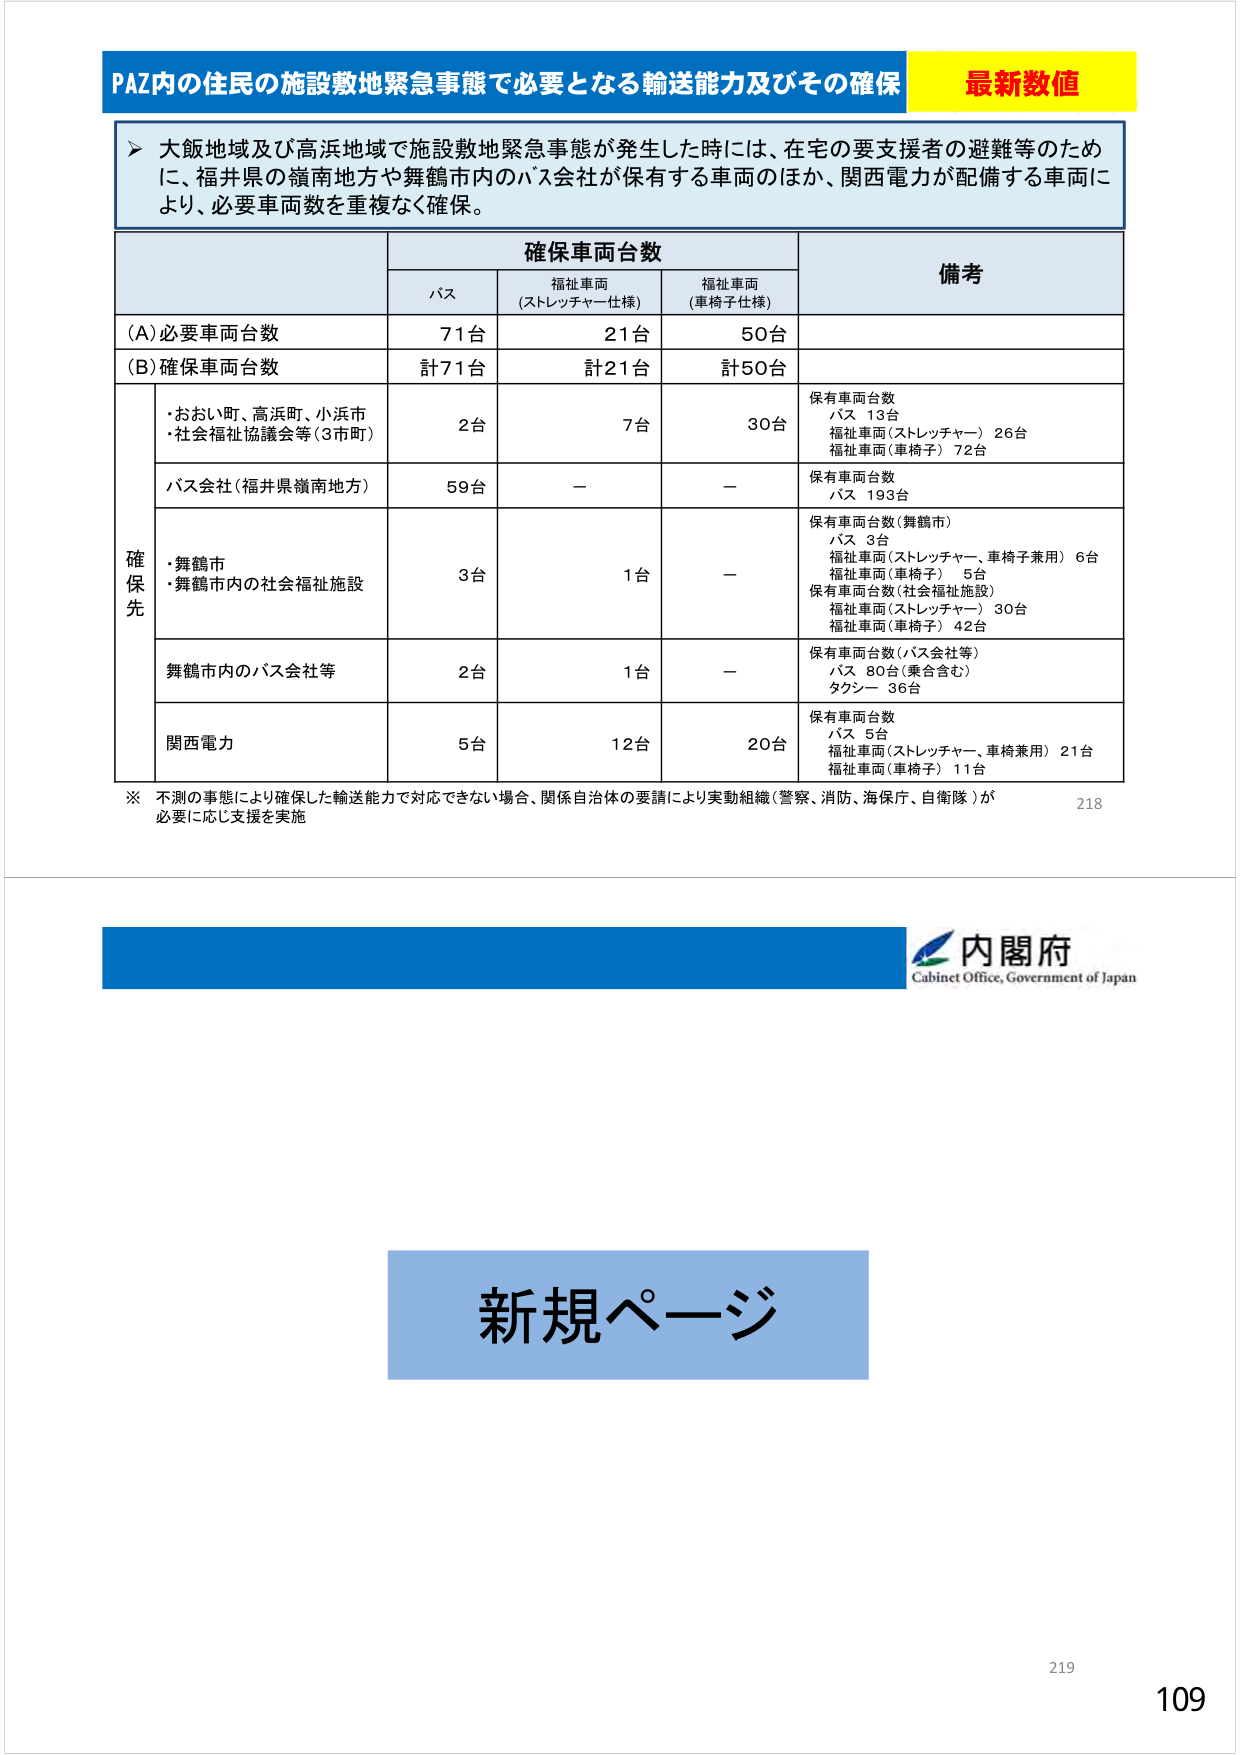
PAZ内の住民の施設敷地緊急事態で必要となる輸送能力及びその確保 最新数値
大飯地域及び高浜地域で施設敷地緊急事態が発生した時には、在宅の要支援者の避難等のために、福井県の嶺南地方や舞鶴市内のバス会社が保有する車両のほか、関西電力が配備する車両により、必要車両数を重複なく確保。
確保車両台数
バス
福祉車両（ストレッチャー仕様）
福祉車両（車椅子仕様）
備考
(A)必要車両台数
71台
21台
50台
(B)確保車両台数
計71台
計21台
計50台
確保先
・おおい町、高浜町、小浜市
・社会福祉協議会等（3市町）
2台
7台
30台
保有車両台数
バス 13台
福祉車両（ストレッチャー）26台
福祉車両（車椅子）72台
バス会社（福井県嶺南地方）
59台
－
－
保有車両台数
バス 193台
・舞鶴市
・舞鶴市内の社会福祉施設
3台
1台
－
保有車両台数（舞鶴市）
バス 3台
福祉車両（ストレッチャー、車椅子兼用）6台
福祉車両（車椅子）5台
保有車両台数（社会福祉施設）
福祉車両（ストレッチャー）30台
福祉車両（車椅子）42台
舞鶴市内のバス会社等
2台
1台
－
保有車両台数（バス会社等）
バス 80台（乗合含む）
タクシー 36台
関西電力
5台
12台
20台
保有車両台数
バス 5台
福祉車両（ストレッチャー、車椅兼用）21台
福祉車両（車椅子）11台
※ 不測の事態により確保した輸送能力で対応できない場合、関係自治体の要請により実動組織（警察、消防、海保、自衛隊）が必要に応じ支援を実施
218
内閣府
Cabinet Office, Government of Japan
新規ページ
219
109